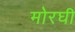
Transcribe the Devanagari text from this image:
मोरघी